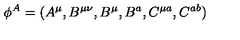
{ \phi } ^ { A } = ( A ^ { \mu } , B ^ { \mu \nu } , B ^ { \mu } , B ^ { a } , C ^ { \mu a } , C ^ { a b } )